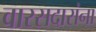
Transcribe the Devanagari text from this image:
वारसदारांना